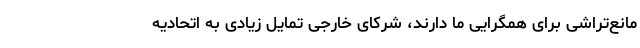
مانع‌تراشی برای همگرایی ما دارند، شرکای خارجی تمایل زیادی به اتحادیه